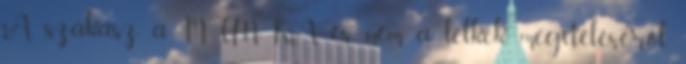
A szakasz a MUNKA és nem a lelkek megítéléséről